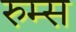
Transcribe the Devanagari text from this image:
रुम्स